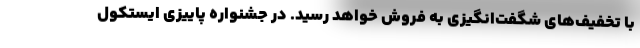
با تخفیف‌های شگفت‌انگیزی به فروش خواهد رسید. در جشنواره پاییزی ایستکول